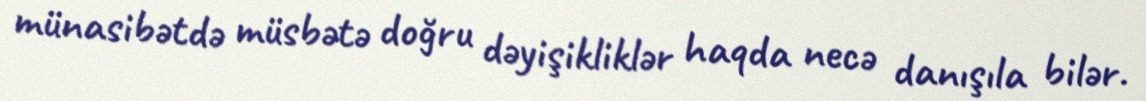
münasibətdə müsbətə doğru dəyişikliklər haqda necə danışıla bilər.